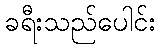
ခရီးသည်ပေါင်း